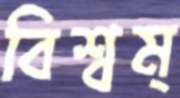
বিশ্বম্